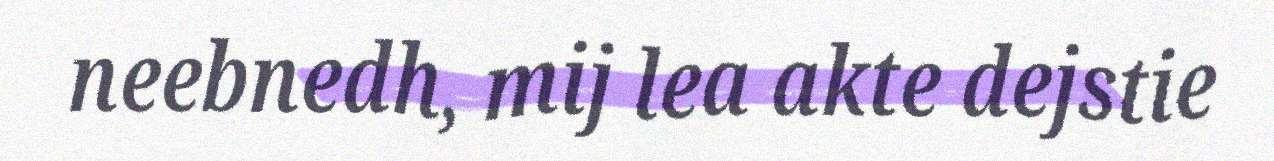
neebnedh, mij lea akte dejstie